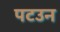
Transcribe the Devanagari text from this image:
पटउन